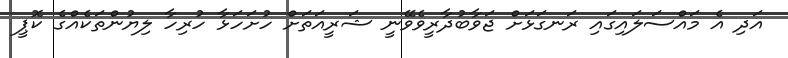
އަދި އެ މައްސަލައިގައި ރަނގަޅަށް ޖަވާބުދާރީވެވޭނީ ޝަރީއަތަށް ހުށަހަޅާ ހުރިހާ ލިޔުންތަކެއްގެ ކޮޕީ